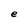
Character: e